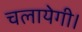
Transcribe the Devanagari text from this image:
चलायेगी।